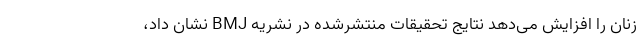
زنان را افزایش می‌دهد نتایج تحقیقات منتشرشده در نشریه BMJ نشان داد،